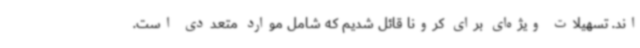
اند. تسهیلات ویژه‌ای برای کرونا قائل شدیم که شامل موارد متعددی است.